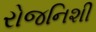
રોજનિશી